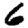
Digit: 6